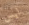
ليس